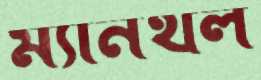
ম্যানথল